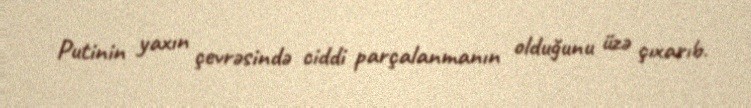
Putinin yaxın çevrəsində ciddi parçalanmanın olduğunu üzə çıxarıb.